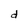
Character: d